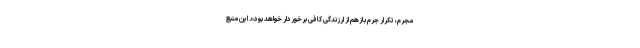
مجرم، تکرار جرم بازهم از ارزندگی کافی برخوردار خواهد بود». این منبع